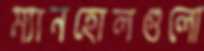
ম্যানহোলগুলো